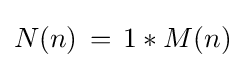
N(n)\,=\,1*M(n)